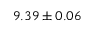
9 . 3 9 \pm 0 . 0 6